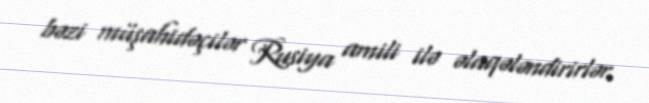
bəzi müşahidəçilər Rusiya amili ilə əlaqələndirirlər.